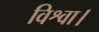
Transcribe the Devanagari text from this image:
विश्वा।